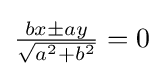
{\tfrac {bx\pm ay}{\sqrt {a^{2}+b^{2}}}}=0